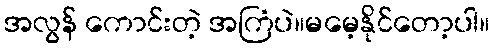
အလွန် ကောင်းတဲ့ အကြံပဲ။မမေ့နိုင်တော့ပါ။